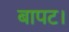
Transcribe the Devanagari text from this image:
बापट।